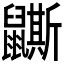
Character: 𪖉